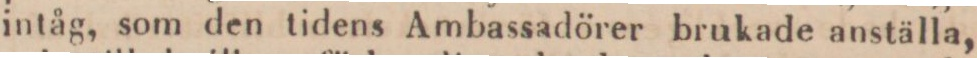
intåg, som den tidens Ambassadörer brukade anställa,